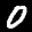
Label: 0